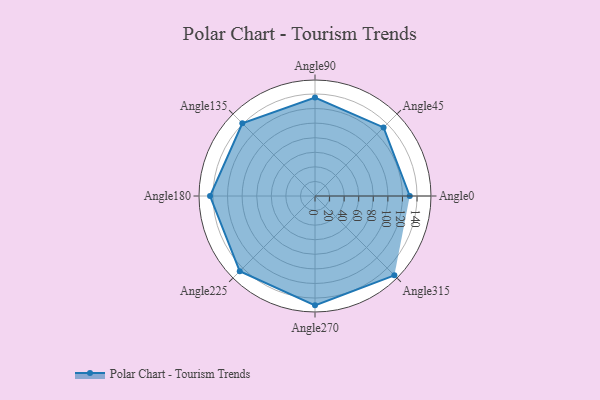
{"axis": {"x": "Angle", "y": "Radius"}, "legend": [""], "data": [{"x": "Angle0", "y": 130.0, "type": ""}, {"x": "Angle45", "y": 133.0, "type": ""}, {"x": "Angle90", "y": 135.0, "type": ""}, {"x": "Angle135", "y": 141.0, "type": ""}, {"x": "Angle180", "y": 144.0, "type": ""}, {"x": "Angle225", "y": 146.0, "type": ""}, {"x": "Angle270", "y": 150.0, "type": ""}, {"x": "Angle315", "y": 154.0, "type": ""}]}